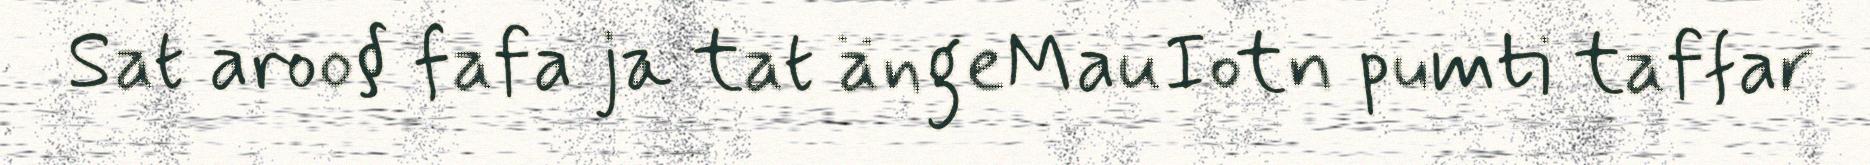
Sat aroo§ fafa ja tat ängeMauIotn pumti taffar